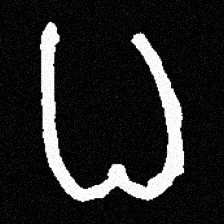
Pyu character \u2014 Myanmar letter: ဓ (romanized: dha)